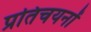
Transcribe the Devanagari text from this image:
प्रतिचयनों